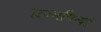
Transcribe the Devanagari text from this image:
।उज्जयिन्यां